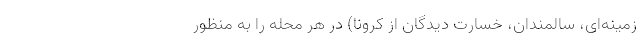
زمینه‌ای، سالمندان، خسارت دیدگان از کرونا) در هر محله را به منظور